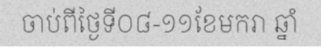
ចាប់ពីថ្ងៃទី០៨-១១ខែមករា ឆ្នាំ